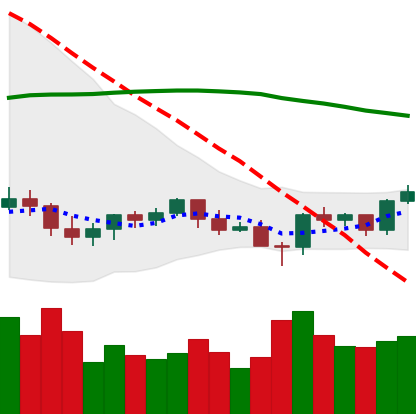
Ticker: BTC-USD
Chart end date: 2021-06-14
Forward return: -11.444%
Label: down_7plus